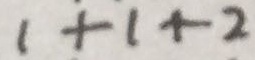
1 + 1 + 2